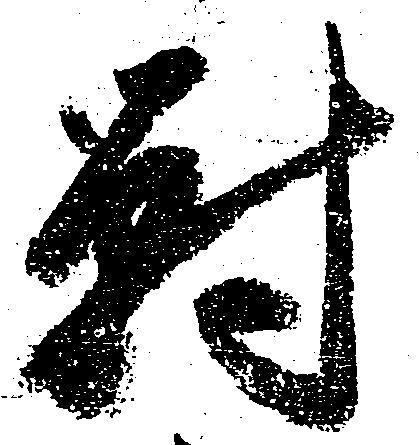
対